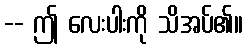
-- ဤ လေးပါးကို သိအပ်၏။